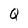
Character: Q